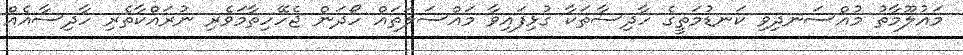
މައުލޫމާތު މުއްސަނދިވި ކަނޑުމަތީގެ ހާދިސާތަކާ ގުޅިފައިވާ މައްސަލަތައް ހޯދަން ޖެހޭހިތާމަވެރި ނުރައްކާތެރި ހާދިސާއެއް